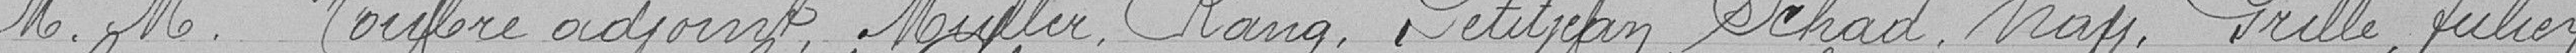
MM. Houlère adjoint, Muller, Rang, Petitjean, Schad, (Nay), Prille, Julien,